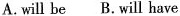
A.will be B.Will have